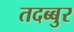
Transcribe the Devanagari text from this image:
तदब्बुर